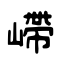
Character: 嵽